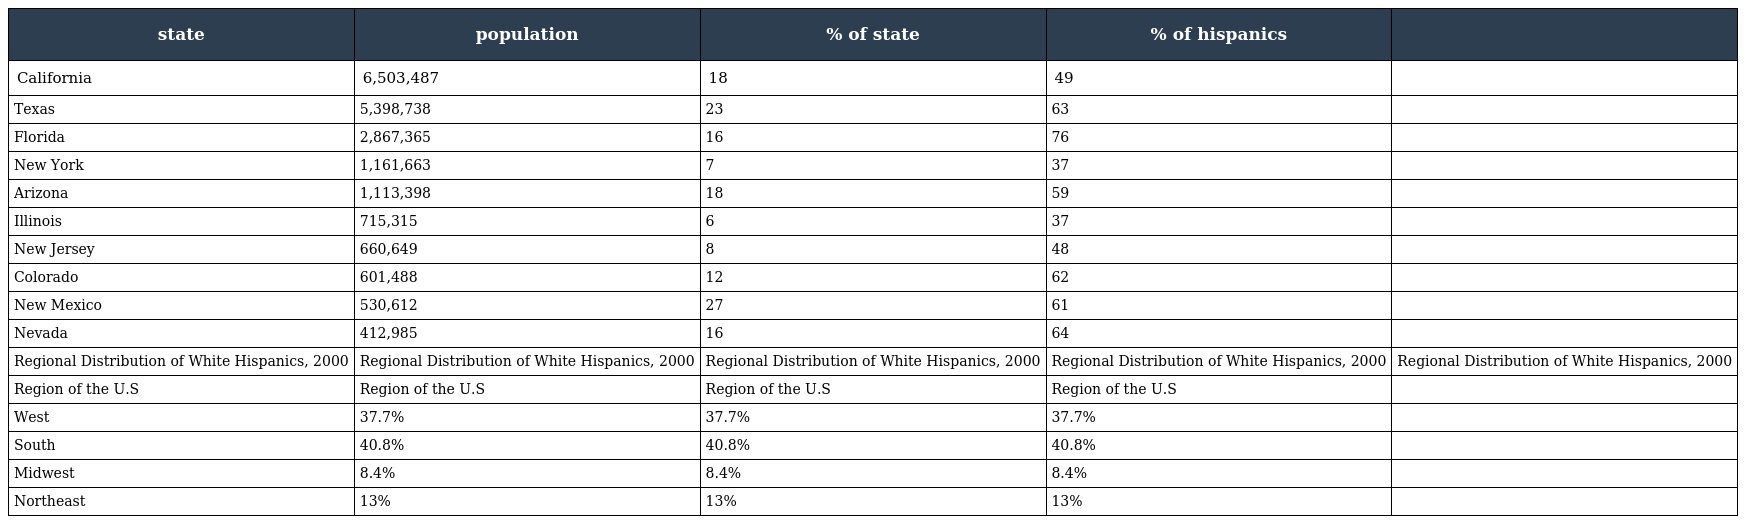
| state | population | % of state | % of hispanics |  |
 | --- | --- | --- | --- | --- |
 | California | 6,503,487 | 18 | 49 |  |
 | Texas | 5,398,738 | 23 | 63 |  |
 | Florida | 2,867,365 | 16 | 76 |  |
 | New York | 1,161,663 | 7 | 37 |  |
 | Arizona | 1,113,398 | 18 | 59 |  |
 | Illinois | 715,315 | 6 | 37 |  |
 | New Jersey | 660,649 | 8 | 48 |  |
 | Colorado | 601,488 | 12 | 62 |  |
 | New Mexico | 530,612 | 27 | 61 |  |
 | Nevada | 412,985 | 16 | 64 |  |
 | Regional Distribution of White Hispanics, 2000 | Regional Distribution of White Hispanics, 2000 | Regional Distribution of White Hispanics, 2000 | Regional Distribution of White Hispanics, 2000 | Regional Distribution of White Hispanics, 2000 |
 | Region of the U.S | Region of the U.S | Region of the U.S | Region of the U.S |  |
 | West | 37.7% | 37.7% | 37.7% |  |
 | South | 40.8% | 40.8% | 40.8% |  |
 | Midwest | 8.4% | 8.4% | 8.4% |  |
 | Northeast | 13% | 13% | 13% |  |